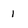
Character: 1